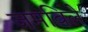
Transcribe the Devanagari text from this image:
जमविले